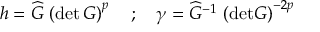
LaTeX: h = \widehat { G } \, \left( \mathrm { d e t } \, G \right) ^ { p } \quad ; \quad \gamma = \widehat { G } ^ { - 1 } \, \left( \mathrm { d e t } G \right) ^ { - 2 p }